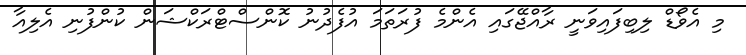
މި އެވޯޑް ލިބިފައިވަނީ ރާއްޖޭގައި އެންމެ ފުރަތަމަ އުފެދުނު ކޮންސްޓްރަކްޝަން ކުންފުނި އެލިއާ